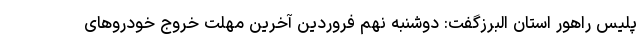
پلیس راهور استان البرزگفت: دوشنبه نهم فروردین آخرین مهلت خروج خودروهای